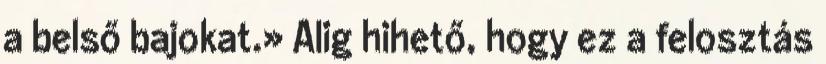
a belső bajokat.» Alig hihető, hogy ez a felosztás